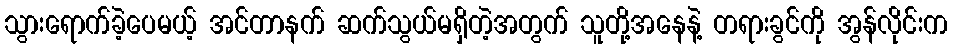
သွားရောက်ခဲ့ပေမယ့် အင်တာနက် ဆက်သွယ်မရှိတဲ့အတွက် သူတို့အနေနဲ့ တရားခွင်ကို အွန်လိုင်းက